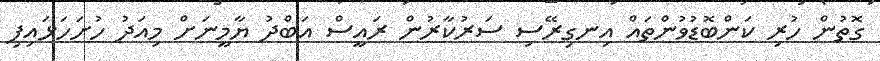
ގޮތުން ހުރި ކަންބޮޑުވުންތައް އިނގިރޭސި ސަރުކާރުން ރައީސް އަބްދު ޔާމީނަށް މިއަދު ހުށަހަޅައިފި